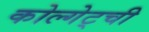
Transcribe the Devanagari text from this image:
कोल्गेट्ची